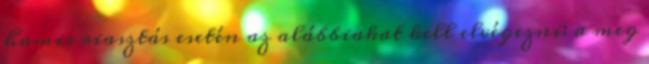
hamis riasztás esetén az alábbiakat kell elvégezni: a meg